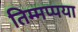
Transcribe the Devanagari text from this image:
तिम्मप्पया